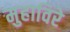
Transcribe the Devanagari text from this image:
मुहाविरे